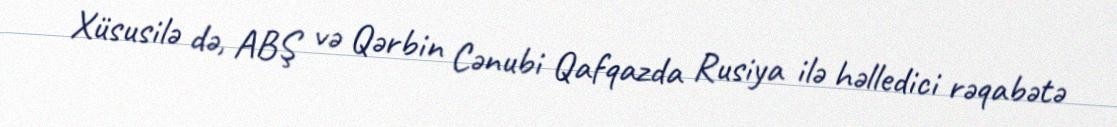
Xüsusilə də, ABŞ və Qərbin Cənubi Qafqazda Rusiya ilə həlledici rəqabətə